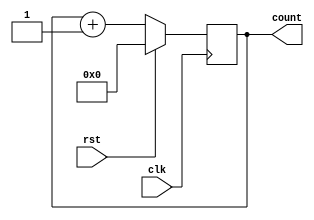
module counter_up4bit(clk,rst,count);
  
  input clk,rst;
  output reg [3:0]count;
  
  always@(posedge clk)
    begin
      if(rst)
        count<=0;
      else
        count<=count+1'b1;
    end
  
  endmodule